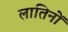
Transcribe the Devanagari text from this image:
लातिनों